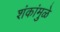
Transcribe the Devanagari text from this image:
शंकांमुळे